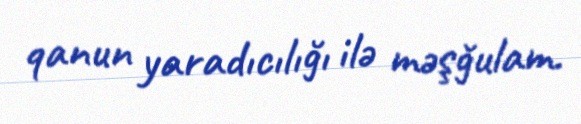
qanun yaradıcılığı ilə məşğulam.